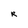
Character: R